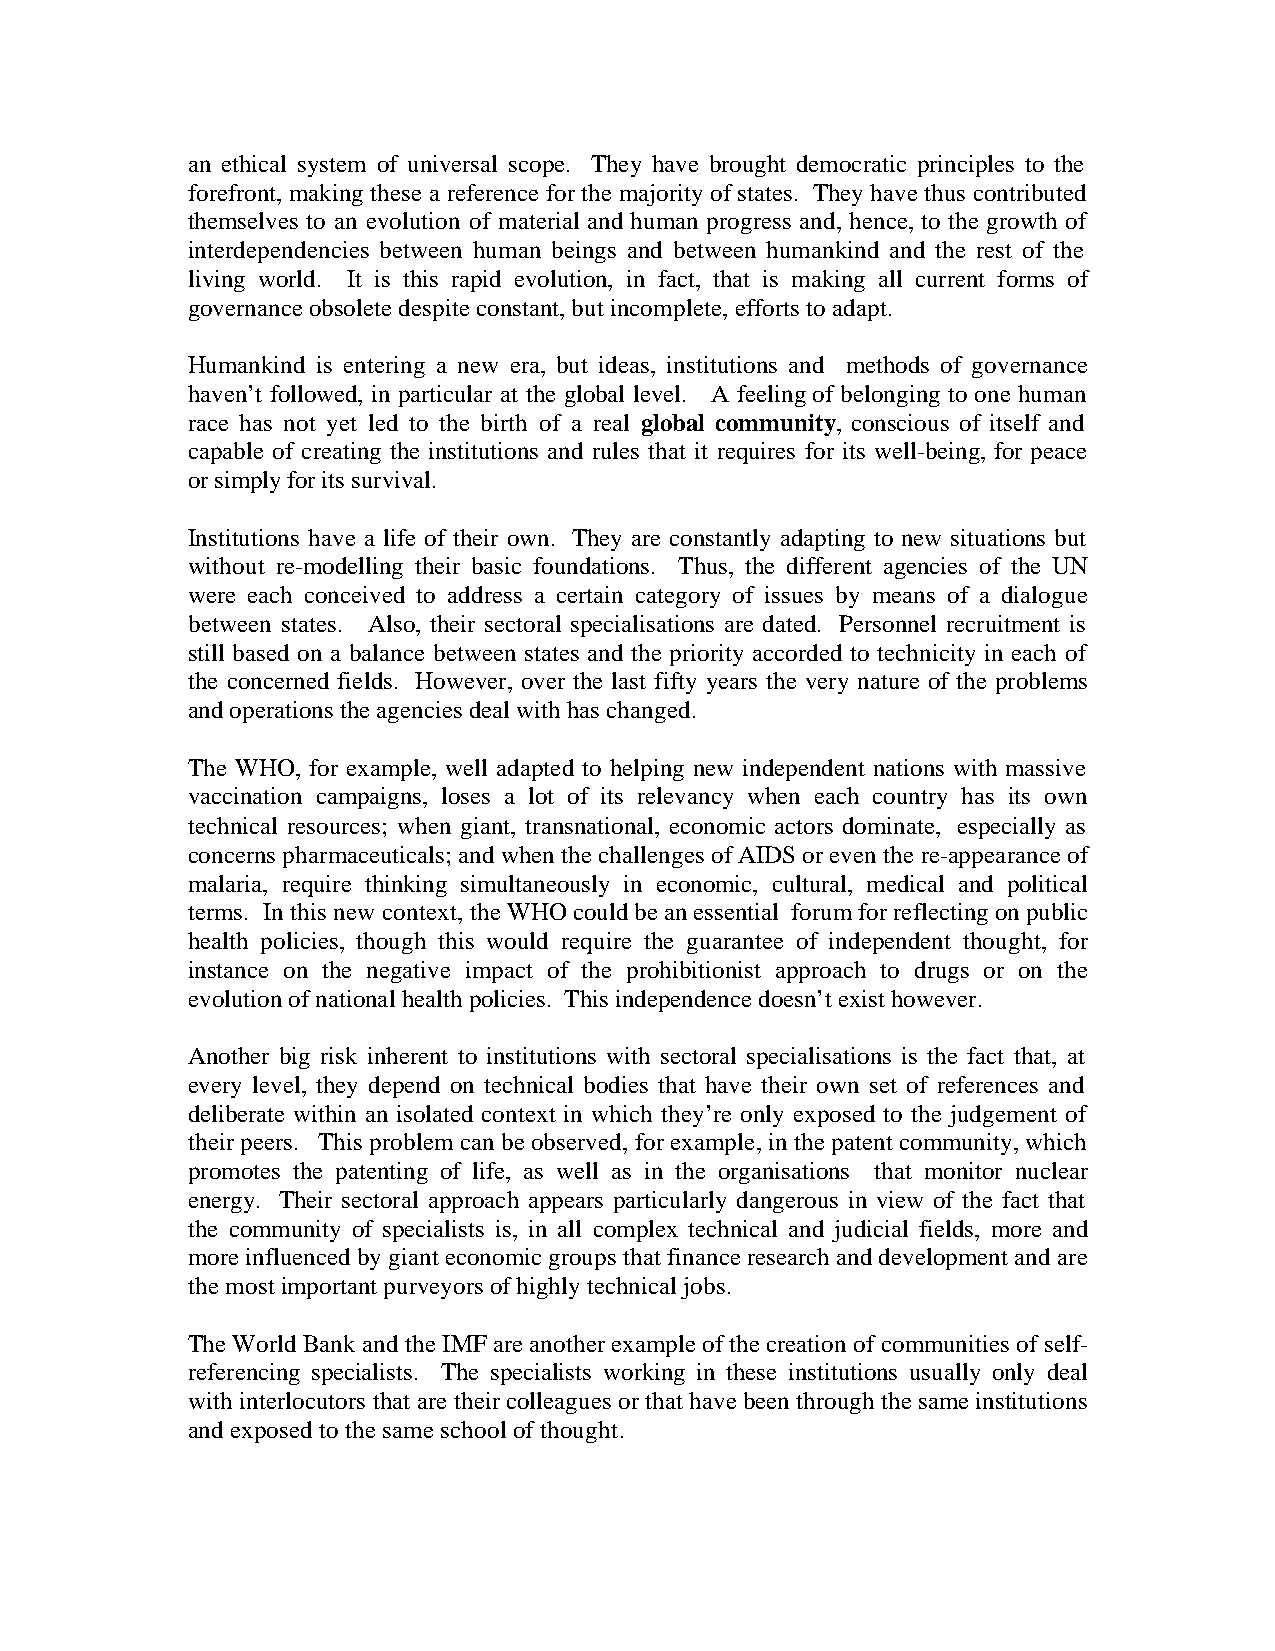
an ethical system of universal scope. They have brought democratic principles to the
 forefront, making these a reference for the majority of states. They have thus contributed
 themselves to an evolution of material and human progress and, hence, to the growth of
 interdependencies between human beings and between humankind and the rest of the
 living world. It is this rapid evolution, in fact, that is making all current forms of
 governance obsolete despite constant, but incomplete, efforts to adapt.
 Humankind is entering a new era, but ideas, institutions and methods of governance
 haven’t followed, in particular at the global level. A feeling of belonging to one human
 race has not yet led to the birth of a real global community, conscious of itself and
 capable of creating the institutions and rules that it requires for its well-being, for peace
 or simply for its survival.
 Institutions have a life of their own. They are constantly adapting to new situations but
 without re-modelling their basic foundations. Thus, the different agencies of the UN
 were each conceived to address a certain category of issues by means of a dialogue
 between states. Also, their sectoral specialisations are dated. Personnel recruitment is
 still based on a balance between states and the priority accorded to technicity in each of
 the concerned fields. However, over the last fifty years the very nature of the problems
 and operations the agencies deal with has changed.
 The WHO, for example, well adapted to helping new independent nations with massive
 vaccination campaigns, loses a lot of its relevancy when each country has its own
 technical resources; when giant, transnational, economic actors dominate, especially as
 concerns pharmaceuticals; and when the challenges of AIDS or even the re-appearance of
 malaria, require thinking simultaneously in economic, cultural, medical and political
 terms. In this new context, the WHO could be an essential forum for reflecting on public
 health policies, though this would require the guarantee of independent thought, for
 instance on the negative impact of the prohibitionist approach to drugs or on the
 evolution of national health policies. This independence doesn’t exist however.
 Another big risk inherent to institutions with sectoral specialisations is the fact that, at
 every level, they depend on technical bodies that have their own set of references and
 deliberate within an isolated context in which they’re only exposed to the judgement of
 their peers. This problem can be observed, for example, in the patent community, which
 promotes the patenting of life, as well as in the organisations that monitor nuclear
 energy. Their sectoral approach appears particularly dangerous in view of the fact that
 the community of specialists is, in all complex technical and judicial fields, more and
 more influenced by giant economic groups that finance research and development and are
 the most important purveyors of highly technical jobs.
 The World Bank and the IMF are another example of the creation of communities of self-
 referencing specialists. The specialists working in these institutions usually only deal
 with interlocutors that are their colleagues or that have been through the same institutions
 and exposed to the same school of thought.